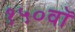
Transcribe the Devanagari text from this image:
१५०वॉ